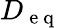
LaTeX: D_{\mathrm{~e~q~}}